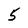
Character: 5